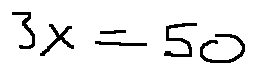
3 x = 5 0